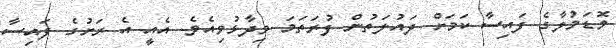
ވޮޑަމުލާގެ ފައިސާ ކަމަށް ދައުލަތުން ފުރަތަމަ ވިދާޅުވިއެވެ. އެއީ އެ ރަށުގެ ފައިސާ